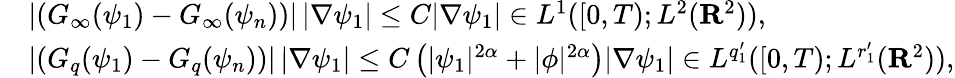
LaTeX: \begin{array}{rl}&{\left|\left(G_{\infty}(\psi_{1})-G_{\infty}(\psi_{n})\right)\right|\, |\nabla\psi_{1}|\leq C|\nabla\psi_{1}|\in L^{1}([0,T);L^{2}({\mathbf R}^{2})),}\\ &{\left|\left(G_{q}(\psi_{1})-G_{q}(\psi_{n})\right)\right|\, |\nabla\psi_{1}|\leq C\left(|\psi_{1}|^{2\alpha}+|\phi|^{2\alpha}\right)|\nabla\psi_{1}|\in L^{q_{1}^{\prime}}([0,T);L^{r_{1}^{\prime}}({\mathbf R}^{2})),}\end{array}